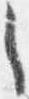
之